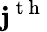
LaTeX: \mathbf{j}^{\mathrm{{~t~h~}}}